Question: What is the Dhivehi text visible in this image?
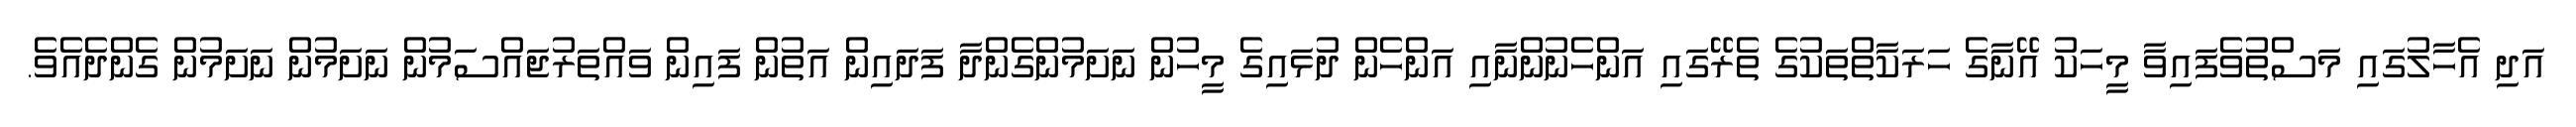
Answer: އަދި އެހާލުގައި މަސްތުވެފައިވާ މީހަކު އޭނާގެ ހަރަކާތްތަކުގެ ތެރޭގައި އަންހެނުންނާއި އަންހެން ދުޅައިގެ މީހުން ނަށަމުންގެންދާ ފަދައިން އަތުން ފައިން ވައްތަރުޖައްސަމުން ނަށަމުން ނަށަމުން ގެންދެއެވެ.